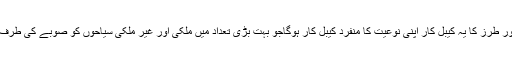
مزید بتایا گیا کہ بین الاقوامی معیار اور طرز کا یہ کیبل کار اپنی نوعیت کا منفرد کیبل کار ہوگاجو بہت بڑی تعداد میں ملکی اور غیر ملکی سیاحوں کو صوبے کی طرف راغب کرنے میں مددگار ثابت ہوگا۔